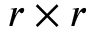
r \times r